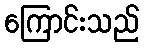
ကြောင်းသည်